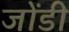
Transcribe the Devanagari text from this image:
जोंडी